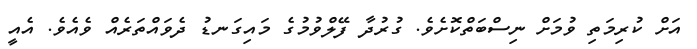
އަށް ކުރިމަތި ވުމަށް ނިސްބަތްކޮށެވެ. ގުރުދާ ފޭލްވުމުގެ މައިގަނޑު ދެވައްތަރެއް ވެއެވެ. އެއީ